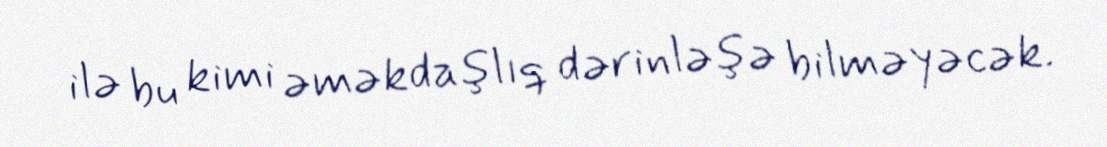
ilə bu kimi əməkdaşlıq dərinləşə bilməyəcək.